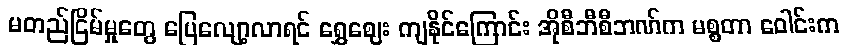
မတည်ငြိမ်မှုတွေ ပြေလျော့လာရင် ရွှေဈေး ကျနိုင်ကြောင်း အိုစီဘီစီဘဏ်က မစ္စတာ ဝေါင်းက